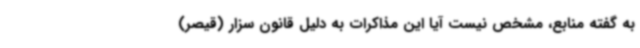
به گفته منابع، مشخص نیست آیا این مذاکرات به دلیل قانون سزار (قیصر)